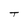
Character: T